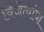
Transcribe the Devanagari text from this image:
विजेत्यांचा